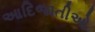
આદિજાતીઓ